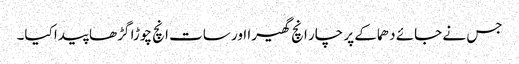
جس نے جائے دھماکے پر چار انچ گھیرا اور سات انچ چوڑا گڑھا پیدا کیا۔